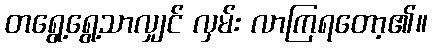
တရွေ့ရွေ့သာလျှင် လှမ်း လာကြရတော့၏။